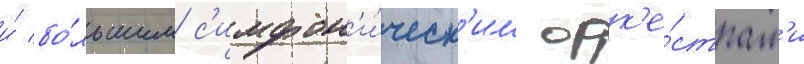
и́ бо́льшим с'имфон'и́ческ'им орк'е́страм'и